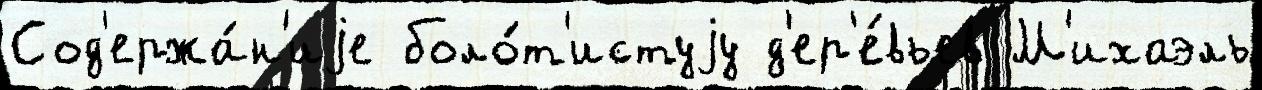
Сод'ержа́н'иjе боло́т'истуjу д'ер'е́вьев М'ихаэль